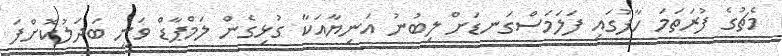
މެޗުގެ ފުރަތަމަ ހާފުގައި ފަލަމަސްގަނޑަށް ލިބުނު އަނިޔާއަކާ ގުޅިގެން ލަމްޕާޑް ވަނީ ބަދަލުކޮށްފަ